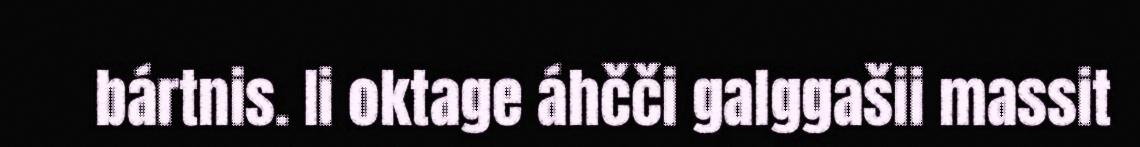
bártnis. Ii oktage áhčči galggašii massit